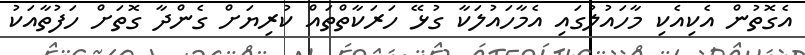
އެގޮތުން އެކިއެކި މާހައުލުގައި އެމާހައުލަކާ ގުޅޭ ހަރަކާތްތައް ކުރިޔަށް ގެންދާ ގޮތަށް ހަފުތާއަކު